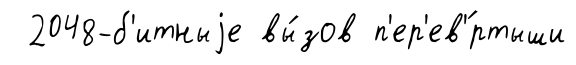
2048-б'итныjе вы́зов п'ер'ев'́ртыши